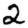
Digit: 2